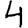
Digit: 4